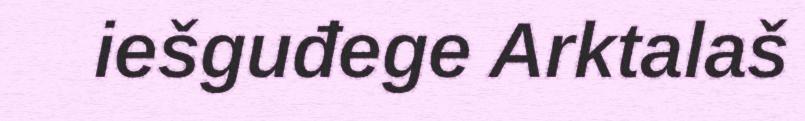
iešguđege Arktalaš